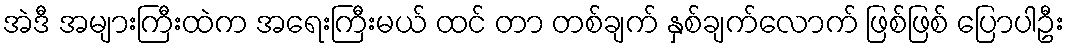
အဲဒီ အများကြီးထဲက အရေးကြီးမယ် ထင် တာ တစ်ချက် နှစ်ချက်လောက် ဖြစ်ဖြစ် ပြောပါဦး